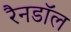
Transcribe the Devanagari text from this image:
रैनडॉल